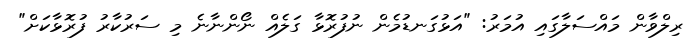
ރިލްވާން މައްސަލާގައި އުމަރު: "އަޅުގަނޑުމެން ނުފުރޮޅާ ގަލެއް ނޯންނާނެ މި ސަރުކާރު ފުރޮޅާކަށް"